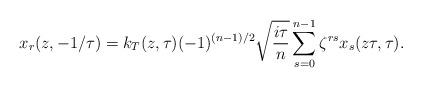
LaTeX: \begin{align*}x_r(z,-1/\tau)=k_{T}(z,\tau)(-1)^{(n-1)/2}\sqrt{\frac{i\tau}{n}}\sum_{s=0}^{n-1} \zeta^{rs}x_s(z\tau,\tau).\end{align*}